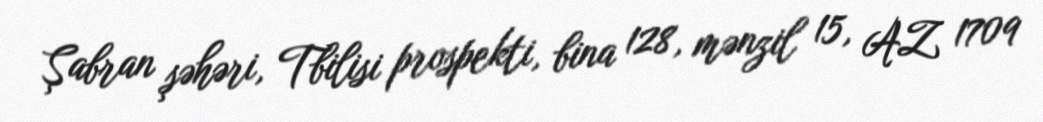
Şabran şəhəri, Tbilisi prospekti, bina 128, mənzil 15, AZ 1709